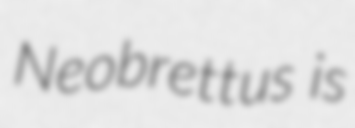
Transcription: Neobrettus is